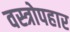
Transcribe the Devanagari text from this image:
वस्त्रोपहार